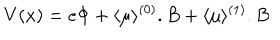
LaTeX: V ( x ) = e \Phi + \langle \mu \rangle ^ { ( 0 ) } . B + \langle \mu \rangle ^ { ( 1 ) } . B